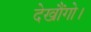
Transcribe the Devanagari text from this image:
देखौंगो।